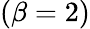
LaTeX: (\beta=2)